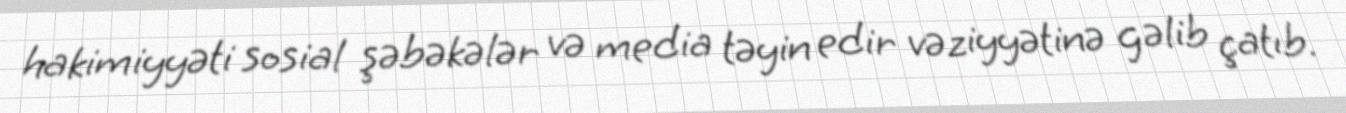
hakimiyyəti sosial şəbəkələr və media təyin edir vəziyyətinə gəlib çatıb.